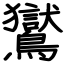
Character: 鸑